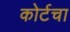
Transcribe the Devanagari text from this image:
कोर्टचा